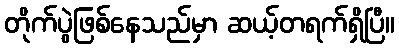
တိုက်ပွဲဖြစ်နေသည်မှာ ဆယ့်တရက်ရှိပြီ။